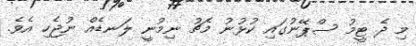
މި ދެ ޓީމު ސްޕޭނުގައި ކުޅުނު މެޗު ނިމުނީ ލަނޑެއް ނުޖެހި އެވެ.